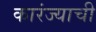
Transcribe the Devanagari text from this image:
कारंज्याची